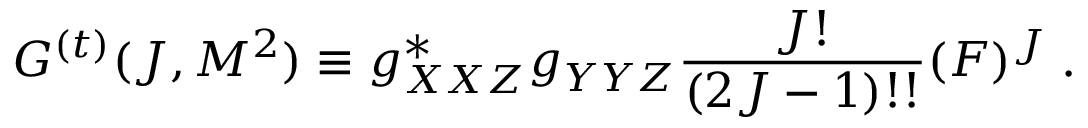
G ^ { ( t ) } ( J , M ^ { 2 } ) \equiv g _ { X X Z } ^ { \ast } g _ { Y Y Z } ^ { } \frac { J ! } { ( 2 J - 1 ) ! ! } ( F ) ^ { J } \; .